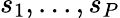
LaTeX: s_{1},...,s_{P}